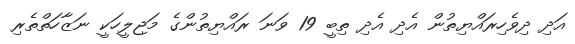
އަދި ދިވެހިރައްޔިތުން އެދި އެދި ތިބީ 19 ވަނަ ރައްޔިތުންގެ މަޖިލީހަކީ ނަޒާހަތްތެރި